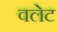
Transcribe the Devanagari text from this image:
वलेट